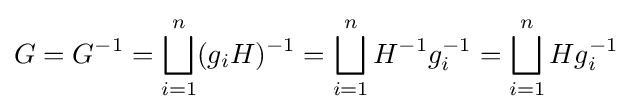
G=G^{-1}=\bigsqcup _{i=1}^{n}(g_{i}H)^{-1}=\bigsqcup _{i=1}^{n}H^{-1}g_{i}^{-1}=\bigsqcup _{i=1}^{n}Hg_{i}^{-1}